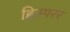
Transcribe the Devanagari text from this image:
ह्विस्परर